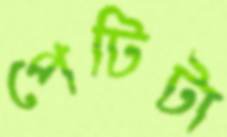
পেটিটা